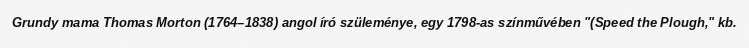
Grundy mama Thomas Morton (1764–1838) angol író szüleménye, egy 1798-as színművében "(Speed the Plough," kb.